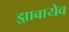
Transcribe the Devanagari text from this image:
झ़ाबायेव